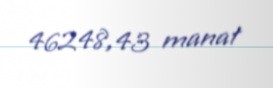
46248,43 manat